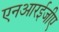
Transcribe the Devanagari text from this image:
एनआरईजीए